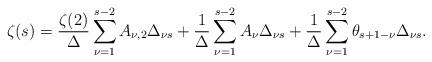
LaTeX: \begin{align*}\zeta(s) = \frac{\zeta(2)}{\Delta}\sum_{\nu=1}^{s-2}A_{\nu, 2}\Delta_{\nu s} + \frac{1}{\Delta}\sum_{\nu=1}^{s-2}A_{\nu}\Delta_{\nu s} + \frac{1}{\Delta}\sum_{\nu=1}^{s-2}\theta_{s+1-\nu}\Delta_{\nu s}.\end{align*}